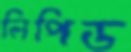
লিপিড